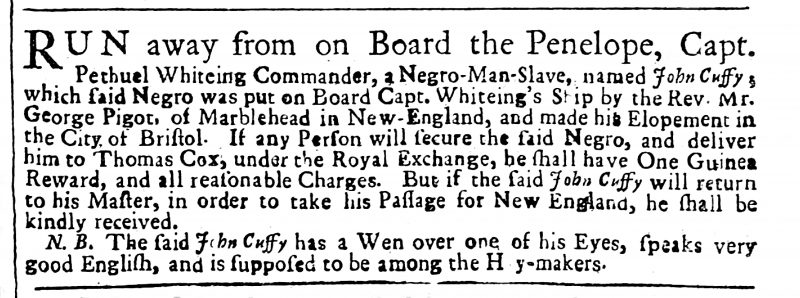
Whitehall Evening Post, 17 June 1732 (England)
RUN away from on Board the Penelope, Capt. Pethuel Whiteing Commander, a Negro-Man-Slave, named John Cuffy; which said Negro was put on Board Capt. Whiteing’s Ship by the Rev. Mr. George Pigot, of Marblehead in New-England, and made his Elopement in the City of Bristol. If any Person will secure the said Negro, and deliver him to Thomas Cox, under the Royal Exchange, he shall have One Guinea Reward, and all reasonable Charges. But if the said John Cuffy will return to his Master, in order to take his Passage for New England, he shall be kindly received.   N.B. The said John Cuffy has a Wen over one of his Eyes, speaks very good English, and is supposed to be among the Hay-makers.